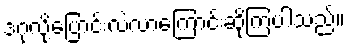
ဒဂုံလို့ပြောင်းလဲလာကြောင်းဆိုကြပါသည်။